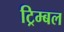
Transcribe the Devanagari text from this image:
ट्रिम्बल